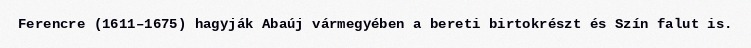
Ferencre (1611–1675) hagyják Abaúj vármegyében a bereti birtokrészt és Szín falut is.